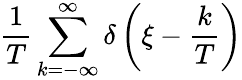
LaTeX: {\frac{1}{T}}\sum_{k=-\infty}^{\infty}\delta\left(\xi-{\frac{k}{T}}\right)